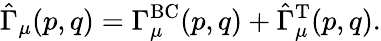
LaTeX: \hat{\Gamma}_{\mu}(p,q)=\Gamma_{\mu}^{\mathrm{BC}}(p,q)+\hat{\Gamma}_{\mu}^{\mathrm{T}}(p,q).